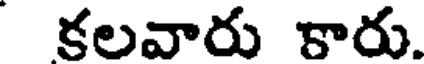
కలవారు కారు.